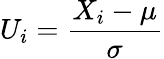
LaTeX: U_{i}={\frac{X_{i}-\mu}{\sigma}}